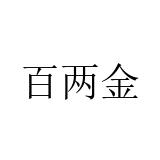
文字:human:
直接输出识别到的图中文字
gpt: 百两金